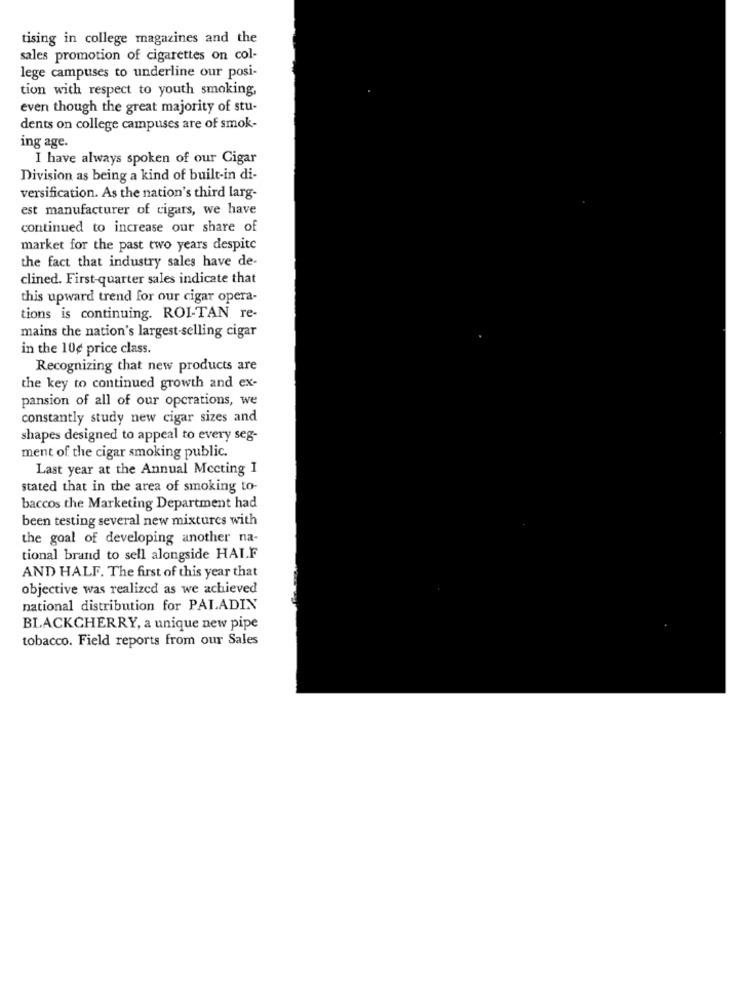
tising in college magazines and the
sales promotion of cigarettes on col-
lege campuses to underline our posi-
tion with respect to youth smoking,
even though the great majority of stu-
dents on college campuses are of smok-
ing age.
I have always spoken of our Cigar
Division as being a kind of built-in di-
versification. As the nation's third larg-
est manufacturer of cigars, we have
continued to increase our share of
market for the past two years despite
the fact that industry sales have de-
clined. First-quarter sales indicate that
this upward trend for our cigar opera-
tions is continuing. ROI-TAN re-
mains the nation's largest-selling cigar
in the 10¢ price class.
Recognizing that new products are
the key to continued growth and ex-
pansion of all of our operations, we
constantly study new cigar sizes and
shapes designed to appeal to every seg-
ment of the cigar smoking public.
Last year at the Annual Meeting I
stated that in the area of smoking to-
baccos the Marketing Department had
been testing several new mixtures with
the goal of developing another na-
tional brand to sell alongside HALF
AND HALF. The first of this year that
objective was realized as we achieved
national distribution for PALADIN
BLACKCHERRY, a unique new pipe
tobacco. Field reports from our Sales